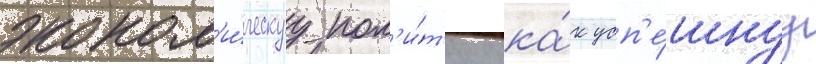
эконом'и́ческуу пол'и́т'ику ка́к усп'е́шнуу